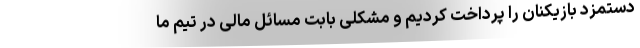
دستمزد بازیکنان را پرداخت کردیم و مشکلی بابت مسائل مالی در تیم ما